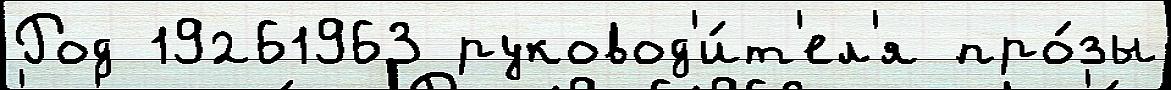
Род 19261963 руковод'и́т'ел'я про́зы